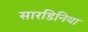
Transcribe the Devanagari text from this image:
सारडिनिया